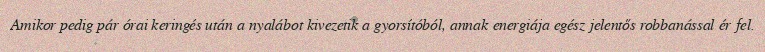
Amikor pedig pár órai keringés után a nyalábot kivezetik a gyorsítóból, annak energiája egész jelentős robbanással ér fel.